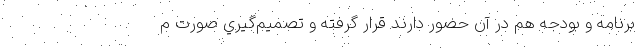
برنامه و بودجه هم در آن حضور دارند قرار گرفته و تصميم‌گيري صورت م